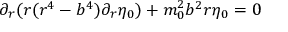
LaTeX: \partial _ { r } ( r ( r ^ { 4 } - b ^ { 4 } ) \partial _ { r } \eta _ { 0 } ) + m _ { 0 } ^ { 2 } b ^ { 2 } r \eta _ { 0 } = 0